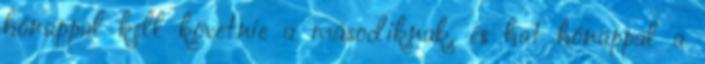
hónappal kell követnie a másodiknak, és hat hónappal a